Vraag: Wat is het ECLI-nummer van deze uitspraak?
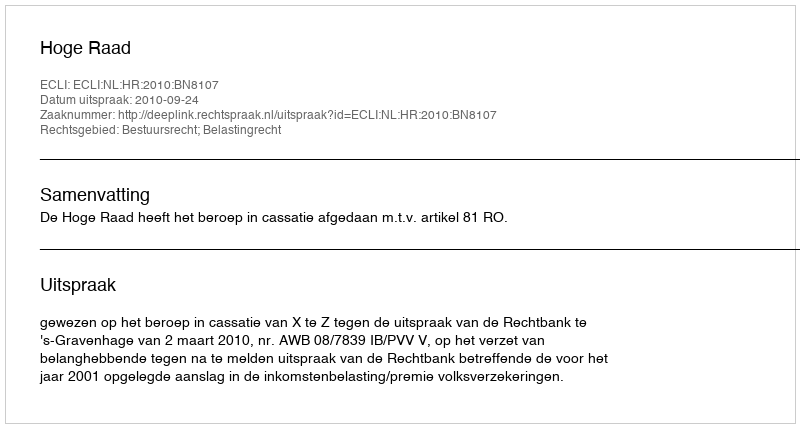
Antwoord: ECLI:NL:HR:2010:BN8107